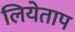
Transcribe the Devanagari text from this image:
लियेताप